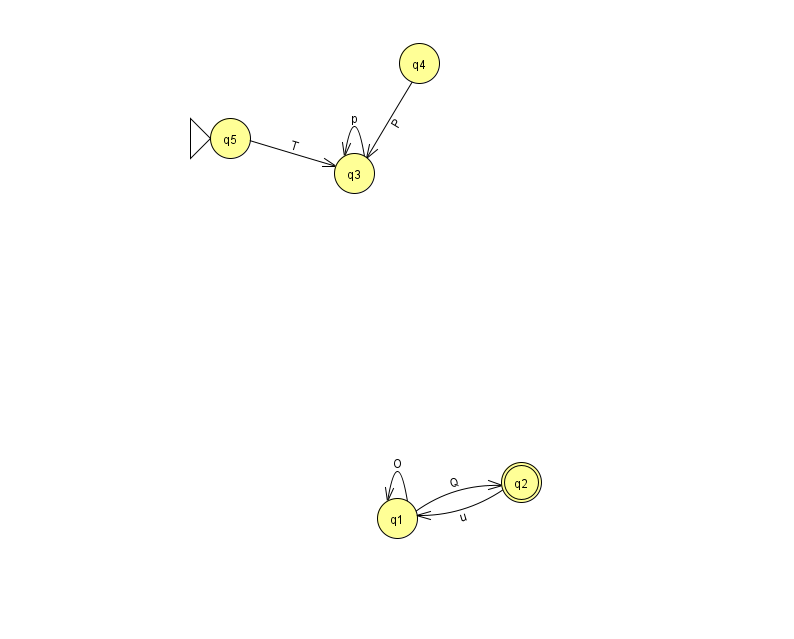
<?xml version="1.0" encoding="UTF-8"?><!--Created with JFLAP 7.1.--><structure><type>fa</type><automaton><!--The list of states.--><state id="1" name="q1"><x>397.0</x><y>505.0</y></state><state id="2" name="q2"><x>521.0</x><y>469.0</y><final/></state><state id="3" name="q3"><x>354.0</x><y>160.0</y></state><state id="4" name="q4"><x>419.0</x><y>50.0</y></state><state id="5" name="q5"><x>230.0</x><y>125.0</y><initial/></state><!--The list of transitions.--><transition><from>3</from><to>3</to><read>p</read></transition><transition><from>4</from><to>3</to><read>P</read></transition><transition><from>5</from><to>3</to><read>T</read></transition><transition><from>2</from><to>1</to><read>u</read></transition><transition><from>1</from><to>2</to><read>Q</read></transition><transition><from>1</from><to>1</to><read>O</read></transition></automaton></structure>